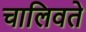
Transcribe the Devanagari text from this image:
चालिवते